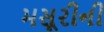
મસૂરીની